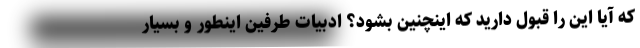
که آیا این را قبول دارید که اینچنین بشود؟ ادبیات طرفین اینطور و بسیار